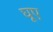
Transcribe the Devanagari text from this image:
घूए